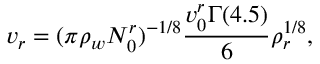
v _ { r } = ( \pi \rho _ { w } N _ { 0 } ^ { r } ) ^ { - 1 / 8 } \frac { v _ { 0 } ^ { r } \Gamma ( 4 . 5 ) } { 6 } \rho _ { r } ^ { 1 / 8 } ,